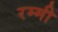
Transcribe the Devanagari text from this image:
रम्मी